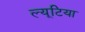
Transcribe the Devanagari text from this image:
ल्यूटिया